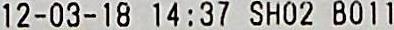
12-03-18 14:37 SH02 B011